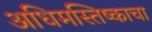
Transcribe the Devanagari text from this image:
अधिमस्तिष्काचा